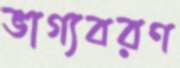
ভাগ্যবরণ